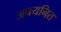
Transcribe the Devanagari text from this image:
अचयनित